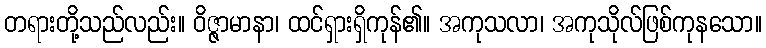
တရားတို့သည်လည်း။ ဝိဇ္ဇာမာနာ၊ ထင်ရှားရှိကုန်၏။ အကုသလာ၊ အကုသိုလ်ဖြစ်ကုနသော။